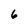
Character: 6